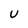
Character: U